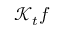
\mathcal { K } _ { t } f